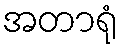
အတာရုံ